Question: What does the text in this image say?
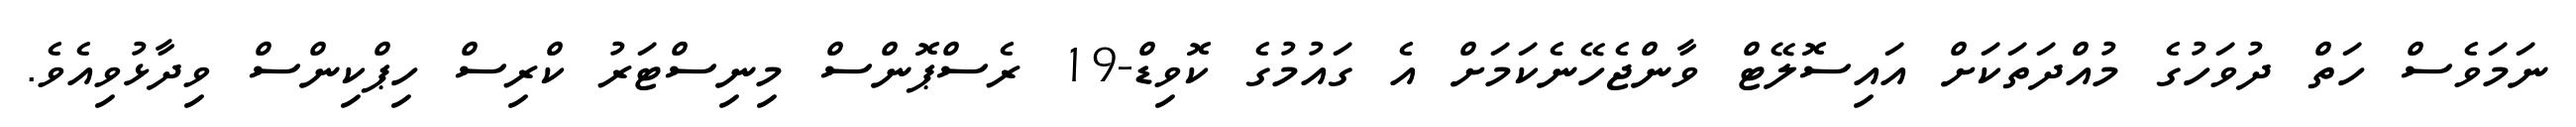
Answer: ނަމަވެސް ހަތް ދުވަހުގެ މުއްދަތަކަށް އައިސޮލޭޓް ވާންޖެހޭނެކަމަށް އެ ގައުމުގެ ކޮވިޑް-19 ރެސްޕޮންސް މިނިސްޓަރު ކްރިސް ހިޕްކިންސް ވިދާޅުވިއެވެ.